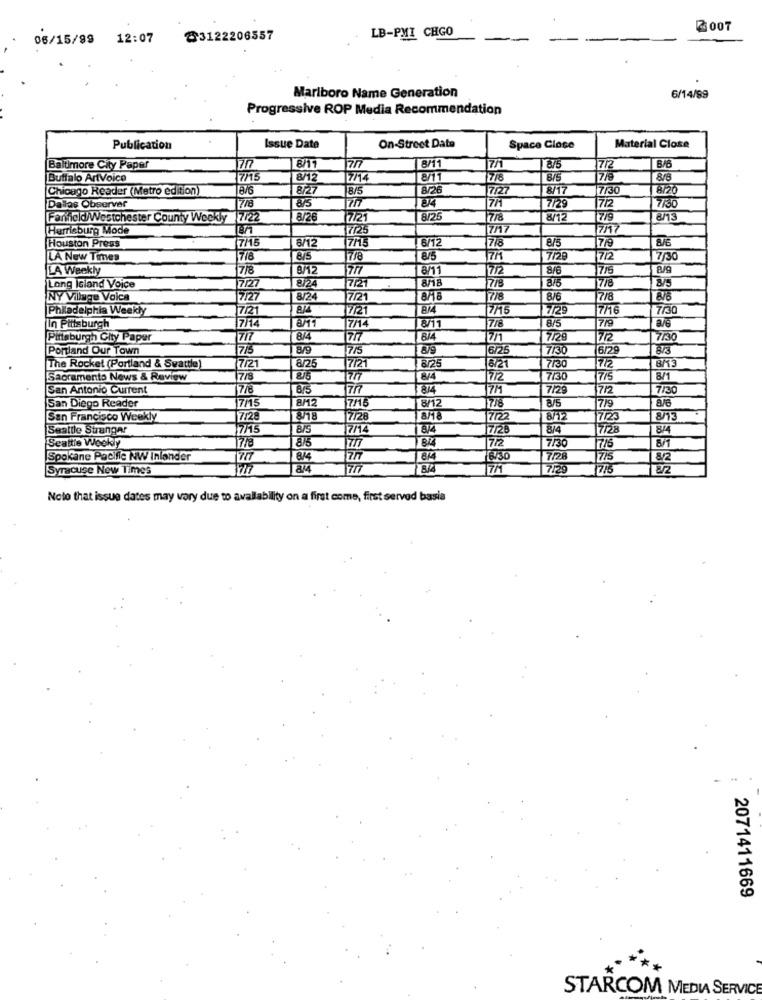
2007
06/15/99 12:07
@3122206557
LB-PMI CHGO
Marlboro Name Generation
6/14/99
Progressive ROP Media Recommendation
Publication
Issue Date
On-Street Date
Space Close
Material Close
Baltimore City Paper
170
8/11
8/11
7/
7/2
B/B
Buffalo ArtVoice
17/15
8/12
7/14
8/11
7/8
8/5
779
8/8
Chicago Reader (Metro edition)
876
8/27
8/5
8/26
7/27
8/17
7130
8/20
Dallas Observer
708
8/5
1717
7/29
712
Fanheld Westchester County Weekly 7/22
8/2
7/21
8/25
7/8
8/12
7/9
Harrisburg Mode
7725
7/17
7/17
7/15
7/15
6/12
7/8
8/5
Houston Press
8/12
LA New Times
718
8/5
7/8
8/5
7/2
7/2
7/30
LA Weekly
7/8
8/12
8/11
17/2
8/6
715
8/9
875
Long Island Voice
17127
8/24
17121
818
778
7/8
NY Village Voice
7/27
8/24
7/21
8/6
7/8
8/B
Kadelphia Weekly
7/2
7/21
7/76
7/29
7/16
7/30
In Pittsburgh
714
7/14
778
8/5
7/9
8/6
Pittsburgh Gity Paper
717
8/4
717
7/1
7/29
712
7/30
Portland Our Town
715
8/9
7/5
8/9
6/25
7/30
6/29
8/3
The Rocket (Portland & Seattle)
7/21
8/25
7/21
8/25
8/21
7730
7/2
8/13
Sacramento News & Review
17/8
8/5
8/4
772
7/30
7/5
8/1
San Antonio Current
7/
7/29
7/2
7/30
San Diego Reader
8M
8/5
8/6
17/15
7/15
8/12
7/8
17/9
San Francisco Weekly
T7/28
17/28
8/12
71.25
Seattle Strangar
7/15
7/14
874
7/28
814
17/28
8/4
Seattis Weekly
84
7/2
17/8
7/30
776
8/1
Spokane Pacific NW Inlander
1717
8/4
814
6:30
7/2
715
8/2
Syracuse New Times
84
7M
7/29
775
8/2
Note that issue dates may vary due to availability on a first come, first served basia
2071411669
STARCOM MEDIA SERVICE